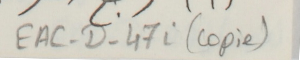
EAC-D-47i (copie)